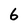
Character: 6